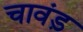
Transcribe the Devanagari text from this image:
चावंड़